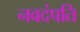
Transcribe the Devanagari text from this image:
नवदंपति